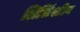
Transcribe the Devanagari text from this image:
लिलिंस्टीन